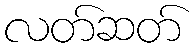
လတ်ဆတ်